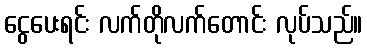
ငွေပေးရင်း လက်တိုလက်တောင်း လုပ်သည်။